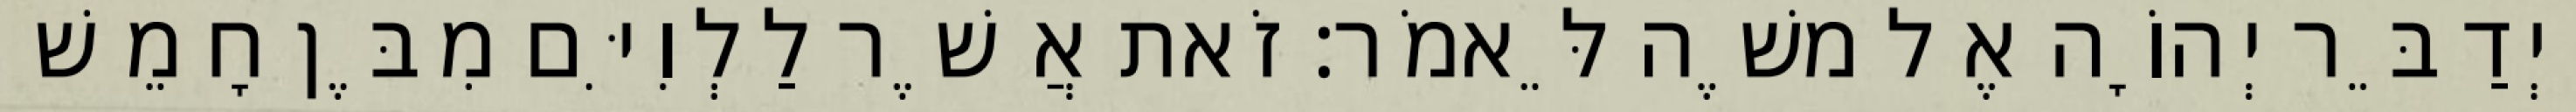
וַיְדַבֵּר יְהוָֹה אֶל משֶׁה לֵּאמֹר׃ זֹאת אֲשֶׁר לַלְוִיִּם מִבֶּן חָמֵשׁ